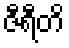
ဇီရီတိ